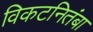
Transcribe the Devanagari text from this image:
विकटनितंबा